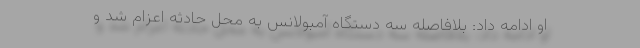
او ادامه داد: بلافاصله سه دستگاه آمبولانس به محل حادثه اعزام شد و